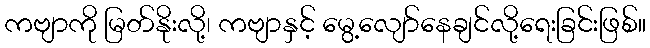
ကဗျာကို မြတ်နိုးလို့၊ ကဗျာနှင့် မွေ့လျော်နေချင်လို့ရေးခြင်းဖြစ်။